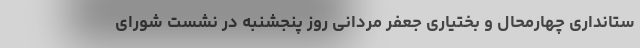
ستانداری چهارمحال و بختیاری جعفر مردانی روز پنجشنبه در نشست شورای